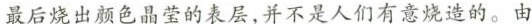
最后烧出颜色晶莹的表层，并不是人们有意烧造的。由